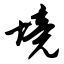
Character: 境